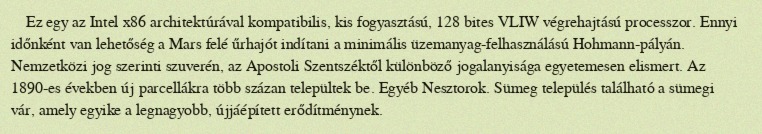
Ez egy az Intel x86 architektúrával kompatibilis, kis fogyasztású, 128 bites VLIW végrehajtású processzor. Ennyi időnként van lehetőség a Mars felé űrhajót indítani a minimális üzemanyag-felhasználású Hohmann-pályán. Nemzetközi jog szerinti szuverén, az Apostoli Szentszéktől különböző jogalanyisága egyetemesen elismert. Az 1890-es években új parcellákra több százan települtek be. Egyéb Nesztorok. Sümeg település található a sümegi vár, amely egyike a legnagyobb, újjáépített erődítménynek.